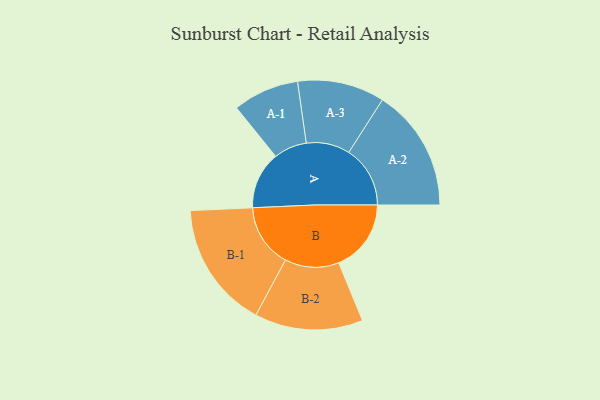
{"axis": {"x": "Segment", "y": "Value"}, "legend": ["", "A", "B"], "data": [{"x": "A", "y": 229, "type": ""}, {"x": "B", "y": 289, "type": ""}, {"x": "A-1", "y": 132, "type": "A"}, {"x": "A-2", "y": 245, "type": "A"}, {"x": "A-3", "y": 174, "type": "A"}, {"x": "B-1", "y": 253, "type": "B"}, {"x": "B-2", "y": 216, "type": "B"}]}